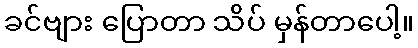
ခင်ဗျား ပြောတာ သိပ် မှန်တာပေါ့။